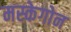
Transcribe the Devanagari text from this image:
मस्केगोन